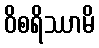
ဝိစရိဿာမိ